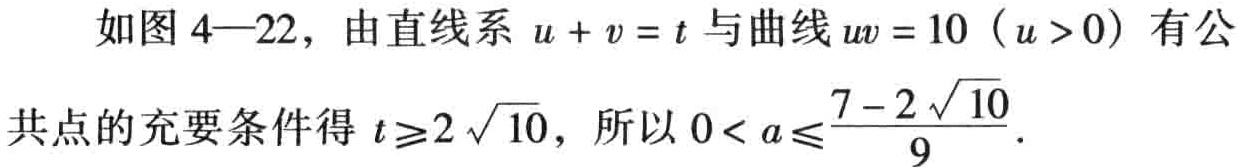
如图 4—22，由直线系 \(u + v = t\) 与曲线 \(uv = 10\ (u > 0)\) 有公
共点的充要条件得 \(t\geqslant2\sqrt{10}\)，所以 \(0 < a\leqslant\frac{7 - 2\sqrt{10}}{9}\).